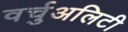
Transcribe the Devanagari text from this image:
वर्चुअलिटी